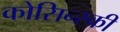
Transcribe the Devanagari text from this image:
कोसिन्स्की